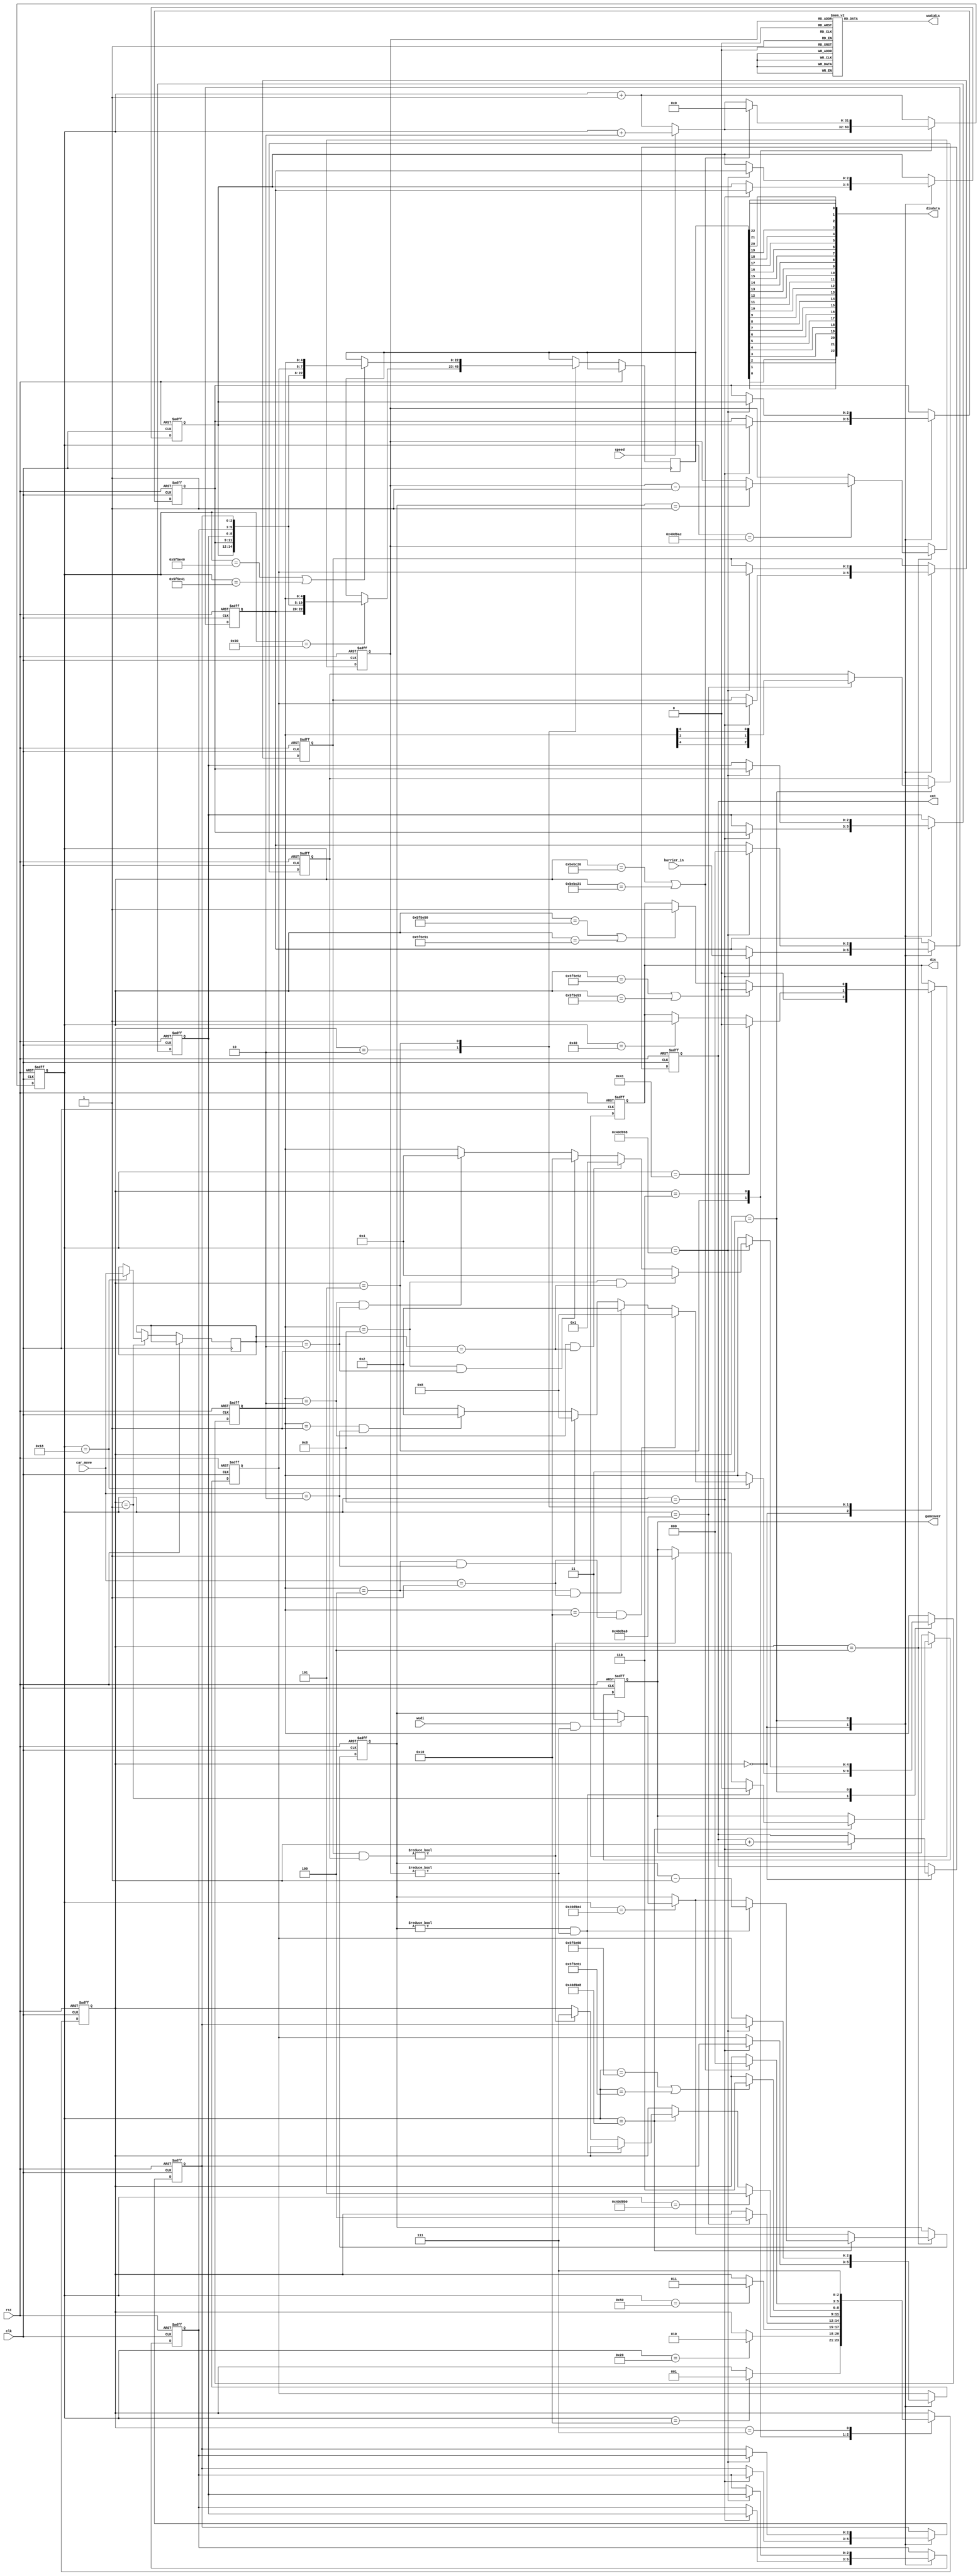
module game_ctrl (
	input clk, rst, speed, wudi,
	input [1:0] car_move,
	input [2:0] barrier_in,
	
	output [22:0] disdata,
	output reg gameover, dis,
	output reg [7:0] cnt,
	output reg [6:0] wudidis
	
);

reg [22:0] displaydata;
reg [2:0] state;
reg [1:0] car_mov;
reg [4:0] car_state;
reg [2:0] car_sta;
reg [2:0] wudi_cnt;
reg [1:0] wudi_time;
reg [31:0] time_cnt;
reg [2:0] barrier [7:0];

always @ (posedge clk or posedge rst) begin
	if (rst)
	begin
		state <= 0;
		car_state <= 5'b00100;
		car_sta <= 3'b010;
		cnt <= 0;
		time_cnt <= 0;
		wudi_cnt <= 3'd4;
		wudi_time <= 2'd0;
		dis <= 0;
		gameover <= 0;
		barrier[0] <= 0;
		barrier[1] <= 0;
		barrier[2] <= 0;
		barrier[3] <= 0;
		barrier[4] <= 0;
		barrier[5] <= 0;
		barrier[6] <= 0;
		barrier[7] <= 0;
	end
	else
	begin
		time_cnt <= time_cnt + 32'd1;
		case (state)
			0:	//
			begin
				dis <= 0;
				if (time_cnt == 32'd8)
				begin
					barrier[0] <= barrier[1];
					barrier[1] <= barrier[2];
					barrier[2] <= barrier[3];
					barrier[3] <= barrier[4];
					barrier[4] <= barrier[5];
					barrier[5] <= barrier[6];
					barrier[6] <= barrier[7];
					barrier[7] <= barrier_in;
					cnt <= cnt + 8'd1;
				end
				if (time_cnt == 32'd16)
					state <= 1;
			end
			1:	//
			begin
				if (time_cnt == 32'd24)
				begin
					car_mov <= car_move;
					if (car_state == 5'b10000 && car_move == 2'b01)
						car_state <= 5'b01000;
					else if (car_state == 5'b00100 && car_move == 2'b01) 
						car_state <= 5'b00010;
					else if (car_state == 5'b00100 && car_move == 2'b10)
						car_state <= 5'b01000;
					else if (car_state == 5'b00001 && car_move == 2'b10)
						car_state <= 5'b00010;
					
				end
				if (time_cnt == 32'd32)
					state <= 2;
			end
			2:	//
			begin
				if (time_cnt == 32'd48)
					displaydata <= {barrier[7], barrier[6], barrier[5], barrier[4], barrier[3], barrier[2], car_state};
				if (time_cnt == 32'd64)
					dis <= 1;
				if (time_cnt == 32'd65)
					dis <= 0;
				if (time_cnt == 32'd80)
					state <= 3;
			end
			3:	//
			begin
				if (time_cnt == 32'd4250008)
				begin
					barrier[0] <= barrier[1];
					barrier[1] <= barrier[2];
					barrier[2] <= barrier[3];
					barrier[3] <= barrier[4];
					barrier[4] <= barrier[5];
					barrier[5] <= barrier[6];
					barrier[6] <= barrier[7];
					barrier[7] <= 3'd0;
					if (car_state == 5'b01000 && car_mov == 2'b01)
						car_state <= 5'b00100;
					else if (car_state == 5'b00010 && car_mov == 2'b01) 
						car_state <= 5'b00001;
					else if (car_state == 5'b01000 && car_mov == 2'b10)
						car_state <= 5'b10000;
					else if (car_state == 5'b00010 && car_mov == 2'b10)
						car_state <= 5'b00100;
				end
				if (time_cnt == 32'd4250016)
				begin
					state <= 4;
					car_sta <= {car_state[4],car_state[2],car_state[0]};
				end
			end
			4:	//
			begin
				if (time_cnt == 32'd4250020)
					if (wudi && wudi_cnt != 3'd0) 
						wudi_time <= 2'd3;
				if (time_cnt == 32'd4250024)
					if (wudi_time != 2'd0 && wudi_cnt != 3'd0)
					begin
						gameover <= 0;
						wudi_time <= wudi_time - 2'd1;
					end
					else
					begin
						if ((barrier[0] & car_sta) != 3'd0)
						begin
							gameover <= 1;
							state <= 7;
						end
					end
				if (time_cnt == 32'd4250028)
					if (wudi_time == 2'd1)
						wudi_cnt <= wudi_cnt - 3'd1;
				if (time_cnt == 32'd4250032)
					state <= 5;
			end
			5:	//
			begin
				if (speed) 
				begin
					time_cnt <= time_cnt + 32'd2;
				end
				if (time_cnt == 32'd6250048 || time_cnt == 32'd6250049)
					displaydata <= {barrier[6], barrier[5], barrier[4], barrier[3], barrier[2], barrier[1], car_state};
				if (time_cnt == 32'd6250064 || time_cnt == 32'd6250065)
					dis <= 1;
				if (time_cnt == 32'd6250066 || time_cnt == 32'd6250067)
					dis <= 0;
				if (time_cnt == 32'd6250080 || time_cnt == 32'd6250081)
					state <= 6;
			end
			6:	//
			begin
				if (speed)
				begin
					time_cnt <= time_cnt + 32'd2;
				end
				if (time_cnt == 32'd12500000 || time_cnt == 32'd12500001)
				begin
					time_cnt <= 32'd0;
					state <= 0;
				end
			end
			7:	//
			begin
				state <= 7;
			end
		endcase
	end
end

always @ (*) begin
	case (wudi_cnt)
		0:	wudidis <= 7'b0000000;
		1: wudidis <= 7'b1000000;
		2: wudidis <= 7'b1100000;
		3: wudidis <= 7'b1110000;
		4: wudidis <= 7'b1111000;
		5: wudidis <= 7'b1111100;
		6: wudidis <= 7'b1111110;
		7: wudidis <= 7'b1111111;
	endcase
end

assign disdata[22] = displaydata[0];
assign disdata[21] = displaydata[1];
assign disdata[20] = displaydata[2];
assign disdata[19] = displaydata[3];
assign disdata[18] = displaydata[4];
assign disdata[17] = displaydata[5];
assign disdata[16] = displaydata[6];
assign disdata[15] = displaydata[7];
assign disdata[14] = displaydata[8];
assign disdata[13] = displaydata[9];
assign disdata[12] = displaydata[10];
assign disdata[11] = displaydata[11];
assign disdata[10] = displaydata[12];
assign disdata[9] = displaydata[13];
assign disdata[8] = displaydata[14];
assign disdata[7] = displaydata[15];
assign disdata[6] = displaydata[16];
assign disdata[5] = displaydata[17];
assign disdata[4] = displaydata[18];
assign disdata[3] = displaydata[19];
assign disdata[2] = displaydata[20];
assign disdata[1] = displaydata[21];
assign disdata[0] = displaydata[22];


endmodule








//===========================================================
////
//
//module game_ctrl (
//	input clk, rst,
//	input [1:0] car_move,
//	input [2:0] barrier_in,
//	
//	output reg [22:0] displaydata,
//	output reg gameover, dis,
//	output reg [7:0] cnt
//	
//);
//
//reg [2:0] state;
//reg [1:0] car_mov;
//reg [4:0] car_state;
//reg [2:0] car_sta;
//reg [31:0] time_cnt;
//reg [2:0] barrier [7:0];
//
//always @ (posedge clk or posedge rst) begin
//	if (rst)
//	begin
//		state <= 0;
//		car_state <= 5'b00100;
//		car_sta <= 3'b010;
//		cnt <= 0;
//		time_cnt <= 0;
//		dis <= 0;
//		gameover <= 0;
//		barrier[0] <= 0;
//		barrier[1] <= 0;
//		barrier[2] <= 0;
//		barrier[3] <= 0;
//		barrier[4] <= 0;
//		barrier[5] <= 0;
//		barrier[6] <= 0;
//		barrier[7] <= 0;
//	end
//	else
//	begin
//		time_cnt <= time_cnt + 32'd1;
//		case (state)
//			0:	//
//			begin
//				dis <= 0;
//				if (time_cnt == 32'd8)
//				begin
//					barrier[0] <= barrier[1];
//					barrier[1] <= barrier[2];
//					barrier[2] <= barrier[3];
//					barrier[3] <= barrier[4];
//					barrier[4] <= barrier[5];
//					barrier[5] <= barrier[6];
//					barrier[6] <= barrier[7];
//					barrier[7] <= barrier_in;
//					cnt <= cnt + 8'd1;
//				end
//				else if (time_cnt == 32'd16)
//					state <= 1;
//			end
//			1:	//
//			begin
//				if (time_cnt == 32'd24)
//				begin
//					car_mov <= car_move;
//					if (car_state == 5'b10000 && car_move == 2'b01)
//						car_state <= 5'b01000;
//					else if (car_state == 5'b00100 && car_move == 2'b01) 
//						car_state <= 5'b00010;
//					else if (car_state == 5'b00100 && car_move == 2'b10)
//						car_state <= 5'b01000;
//					else if (car_state == 5'b00001 && car_move == 2'b10)
//						car_state <= 5'b00010;
//					
//				end
//				else if (time_cnt == 32'd32)
//					state <= 2;
//			end
//			2:	//
//			begin
//				if (time_cnt == 32'd48)
//					displaydata <= {barrier[7], barrier[6], barrier[5], barrier[4], barrier[3], barrier[2], car_state};
//				else if (time_cnt == 32'd64)
//					dis <= 1;
//				else if (time_cnt == 32'd65)
//					dis <= 0;
//				else if (time_cnt == 32'd80)
//					state <= 3;
//			end
//			3:	//
//			begin
//				if (time_cnt == 32'd88)
//				begin
//					barrier[0] <= barrier[1];
//					barrier[1] <= barrier[2];
//					barrier[2] <= barrier[3];
//					barrier[3] <= barrier[4];
//					barrier[4] <= barrier[5];
//					barrier[5] <= barrier[6];
//					barrier[6] <= barrier[7];
//					barrier[7] <= 3'd0;
//					if (car_state == 5'b01000 && car_mov == 2'b01)
//						car_state <= 5'b00100;
//					else if (car_state == 5'b00010 && car_mov == 2'b01) 
//						car_state <= 5'b00001;
//					else if (car_state == 5'b01000 && car_mov == 2'b10)
//						car_state <= 5'b10000;
//					else if (car_state == 5'b00010 && car_mov == 2'b10)
//						car_state <= 5'b00100;
//				end
//				else if (time_cnt == 32'd96)
//				begin
//					state <= 4;
//					car_sta <= {car_state[4],car_state[2],car_state[0]};
//				end
//			end
//			4:	//
//			begin
//				if (time_cnt == 32'd112)
//					if (barrier[0] & car_sta != 3'd0)
//					begin
//						gameover <= 1;
//						state <= 7;
//					end
//				else if (time_cnt == 32'd128)
//					state <= 5;
//			end
//			5:	//
//			begin
//				if (time_cnt == 32'd6250048)
//					displaydata <= { barrier[7], barrier[6], barrier[5], barrier[4], barrier[3], barrier[2], car_state};
//				else if (time_cnt == 32'd6250064)
//					dis <= 1;
//				else if (time_cnt == 32'd6250065)
//					dis <= 0;
//				else if (time_cnt == 32'd6250080)
//					state <= 6;
//			end
//			6:	//
//			begin
//				if (time_cnt == 32'd12500000)
//				begin
//					time_cnt <= 32'd0;
//					state <= 0;
//				end
//			end
//			7:	//
//			begin
//				state <= 7;
//			end
//		endcase
//	end
//end
//
//
//endmodule
//=====================================================================





//=====================================================================
////
//module game_ctrl (
//	input clk, rst, speed,
//	input [1:0] car_move,
//	input [2:0] barrier_in,
//	
//	output reg [22:0] displaydata,
//	output reg gameover, dis,
//	output reg [7:0] cnt
//	
//);
//
//reg [2:0] state;
//reg [1:0] car_mov;
//reg [4:0] car_state;
//reg [2:0] car_sta;
//reg [31:0] time_cnt;
//reg [2:0] barrier [7:0];
//
//always @ (posedge clk or posedge rst) begin
//	if (rst)
//	begin
//		state <= 0;
//		car_state <= 5'b00100;
//		car_sta <= 3'b010;
//		cnt <= 0;
//		time_cnt <= 0;
//		dis <= 0;
//		gameover <= 0;
//		barrier[0] <= 0;
//		barrier[1] <= 0;
//		barrier[2] <= 0;
//		barrier[3] <= 0;
//		barrier[4] <= 0;
//		barrier[5] <= 0;
//		barrier[6] <= 0;
//		barrier[7] <= 0;
//	end
//	else
//	begin
//		time_cnt <= time_cnt + 32'd1;
//		case (state)
//			0:	//
//			begin
//				dis <= 0;
//				if (time_cnt == 32'd8)
//				begin
//					barrier[0] <= barrier[1];
//					barrier[1] <= barrier[2];
//					barrier[2] <= barrier[3];
//					barrier[3] <= barrier[4];
//					barrier[4] <= barrier[5];
//					barrier[5] <= barrier[6];
//					barrier[6] <= barrier[7];
//					barrier[7] <= barrier_in;
//					cnt <= cnt + 8'd1;
//				end
//				if (time_cnt == 32'd16)
//					state <= 1;
//			end
//			1:	//
//			begin
//				if (time_cnt == 32'd24)
//				begin
//					car_mov <= car_move;
//					if (car_state == 5'b10000 && car_move == 2'b01)
//						car_state <= 5'b01000;
//					else if (car_state == 5'b00100 && car_move == 2'b01) 
//						car_state <= 5'b00010;
//					else if (car_state == 5'b00100 && car_move == 2'b10)
//						car_state <= 5'b01000;
//					else if (car_state == 5'b00001 && car_move == 2'b10)
//						car_state <= 5'b00010;
//					
//				end
//				if (time_cnt == 32'd32)
//					state <= 2;
//			end
//			2:	//
//			begin
//				if (time_cnt == 32'd48)
//					displaydata <= {barrier[7], barrier[6], barrier[5], barrier[4], barrier[3], barrier[2], car_state};
//				if (time_cnt == 32'd64)
//					dis <= 1;
//				if (time_cnt == 32'd65)
//					dis <= 0;
//				if (time_cnt == 32'd80)
//					state <= 3;
//			end
//			3:	//
//			begin
//				if (time_cnt == 32'd4250008)
//				begin
//					barrier[0] <= barrier[1];
//					barrier[1] <= barrier[2];
//					barrier[2] <= barrier[3];
//					barrier[3] <= barrier[4];
//					barrier[4] <= barrier[5];
//					barrier[5] <= barrier[6];
//					barrier[6] <= barrier[7];
//					barrier[7] <= 3'd0;
//					if (car_state == 5'b01000 && car_mov == 2'b01)
//						car_state <= 5'b00100;
//					else if (car_state == 5'b00010 && car_mov == 2'b01) 
//						car_state <= 5'b00001;
//					else if (car_state == 5'b01000 && car_mov == 2'b10)
//						car_state <= 5'b10000;
//					else if (car_state == 5'b00010 && car_mov == 2'b10)
//						car_state <= 5'b00100;
//				end
//				if (time_cnt == 32'd4250016)
//				begin
//					state <= 4;
//					car_sta <= {car_state[4],car_state[2],car_state[0]};
//				end
//			end
//			4:	//
//			begin
//				if (time_cnt == 32'd4250024)
//					if (barrier[0] & car_sta != 3'd0)
//					begin
//						gameover <= 1;
//						state <= 7;
//					end
//				if (time_cnt == 32'd4250032)
//					state <= 5;
//			end
//			5:	//
//			begin
//				if (speed) 
//				begin
//					if (time_cnt == 32'd4250048)
//						displaydata <= {barrier[6], barrier[5], barrier[4], barrier[3], barrier[2], barrier[1], car_state};
//					if (time_cnt == 32'd4250064)
//						dis <= 1;
//					if (time_cnt == 32'd4250065)
//						dis <= 0;
//					if (time_cnt == 32'd4250080)
//						state <= 6;
//				end
//				else
//				begin
//					if (time_cnt == 32'd6250048)
//						displaydata <= {barrier[6], barrier[5], barrier[4], barrier[3], barrier[2], barrier[1], car_state};
//					if (time_cnt == 32'd6250064)
//						dis <= 1;
//					if (time_cnt == 32'd6250065)
//						dis <= 0;
//					if (time_cnt == 32'd6250080)
//						state <= 6;
//				end
//			end
//			6:	//
//			begin
//				if (speed)
//				begin
//					if (time_cnt == 32'd8500000)
//					begin
//						time_cnt <= 32'd0;
//						state <= 0;
//					end
//				end
//				else
//				begin
//					if (time_cnt == 32'd12500000)
//					begin
//						time_cnt <= 32'd0;
//						state <= 0;
//					end
//				end
//			end
//			7:	//
//			begin
//				state <= 7;
//			end
//		endcase
//	end
//end
//
//
//endmodule
//=============================================================